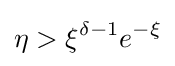
\eta >\xi ^{\delta -1}e^{-\xi }